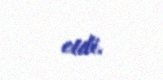
etdi.